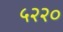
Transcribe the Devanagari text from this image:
५२२०